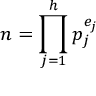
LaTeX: n = \prod _ { j = 1 } ^ { h } p _ { j } ^ { e _ { j } }